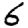
Digit: 6